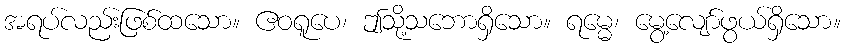
အရပ်လည်းဖြစ်ထသော။ ဧဝရူပေ၊ ဤသို့သဘောရှိသော။ ရမ္မေ၊ မွေ့လျော်ဖွယ်ရှိသော။